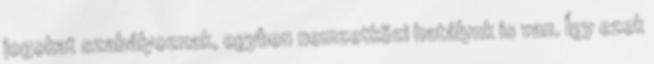
jogokat szabályoznak, egyben nemzetközi hatályuk is van. Így ezek